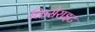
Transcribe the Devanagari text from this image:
किसेराइट